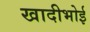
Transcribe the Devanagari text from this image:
खादीभोई